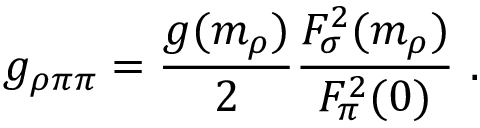
g _ { \rho \pi \pi } = \frac { g ( m _ { \rho } ) } { 2 } \frac { F _ { \sigma } ^ { 2 } ( m _ { \rho } ) } { F _ { \pi } ^ { 2 } ( 0 ) } \ .